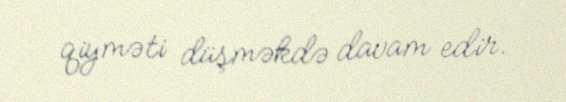
qiyməti düşməkdə davam edir.